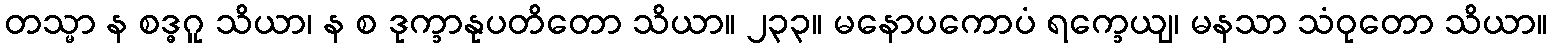
တသ္မာ န စဒ္ဓဂူ သိယာ၊ န စ ဒုက္ခာနုပတိတော သိယာ။ ၂၃၃။ မနောပကောပံ ရက္ခေယျ၊ မနသာ သံဝုတော သိယာ။